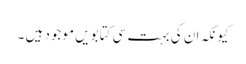
کیونکہ ان کی بہت سی کتابویں موجود ہیں ۔